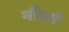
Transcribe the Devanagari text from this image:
नीको